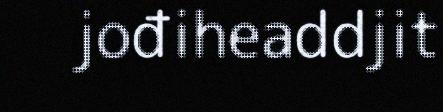
jođiheaddjit